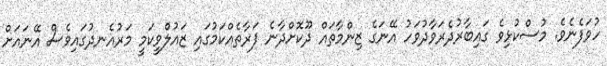
ހުވަފެނެވެ. މުސްކުޅިވެ ގައިބާރުދެރަވާދުވަހު އޭނަގެ ޒިންމާތައް ދޫކޮށްދާނެ ފަރާތެއްކަމުގައި ޒައުލްވީކަމީ މަރުއެނދުގައިވެސް އޭނައަށް